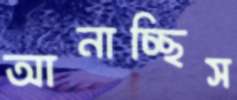
আনাচ্ছিস